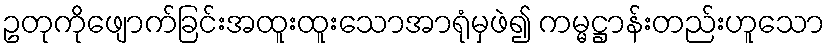
ဥတုကိုဖျောက်ခြင်းအထူးထူးသောအာရုံမှဖဲ၍ ကမ္မဋ္ဌာန်းတည်းဟူသော